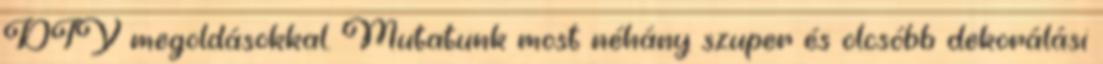
DIY megoldásokkal. Mutatunk most néhány szuper és olcsóbb dekorálási